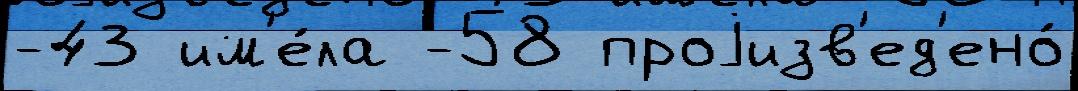
-43 им'е́ла -58 проjизв'ед'ено́